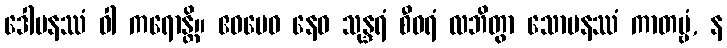
ဒေါမနဿံ ဝါ ကရောန္တိ။ ဧဝမေဝ နေဝ သုန္ဒရံ စီဝရံ လဘိတွာ သောမနဿံ ကာတဗ္ဗံ, န